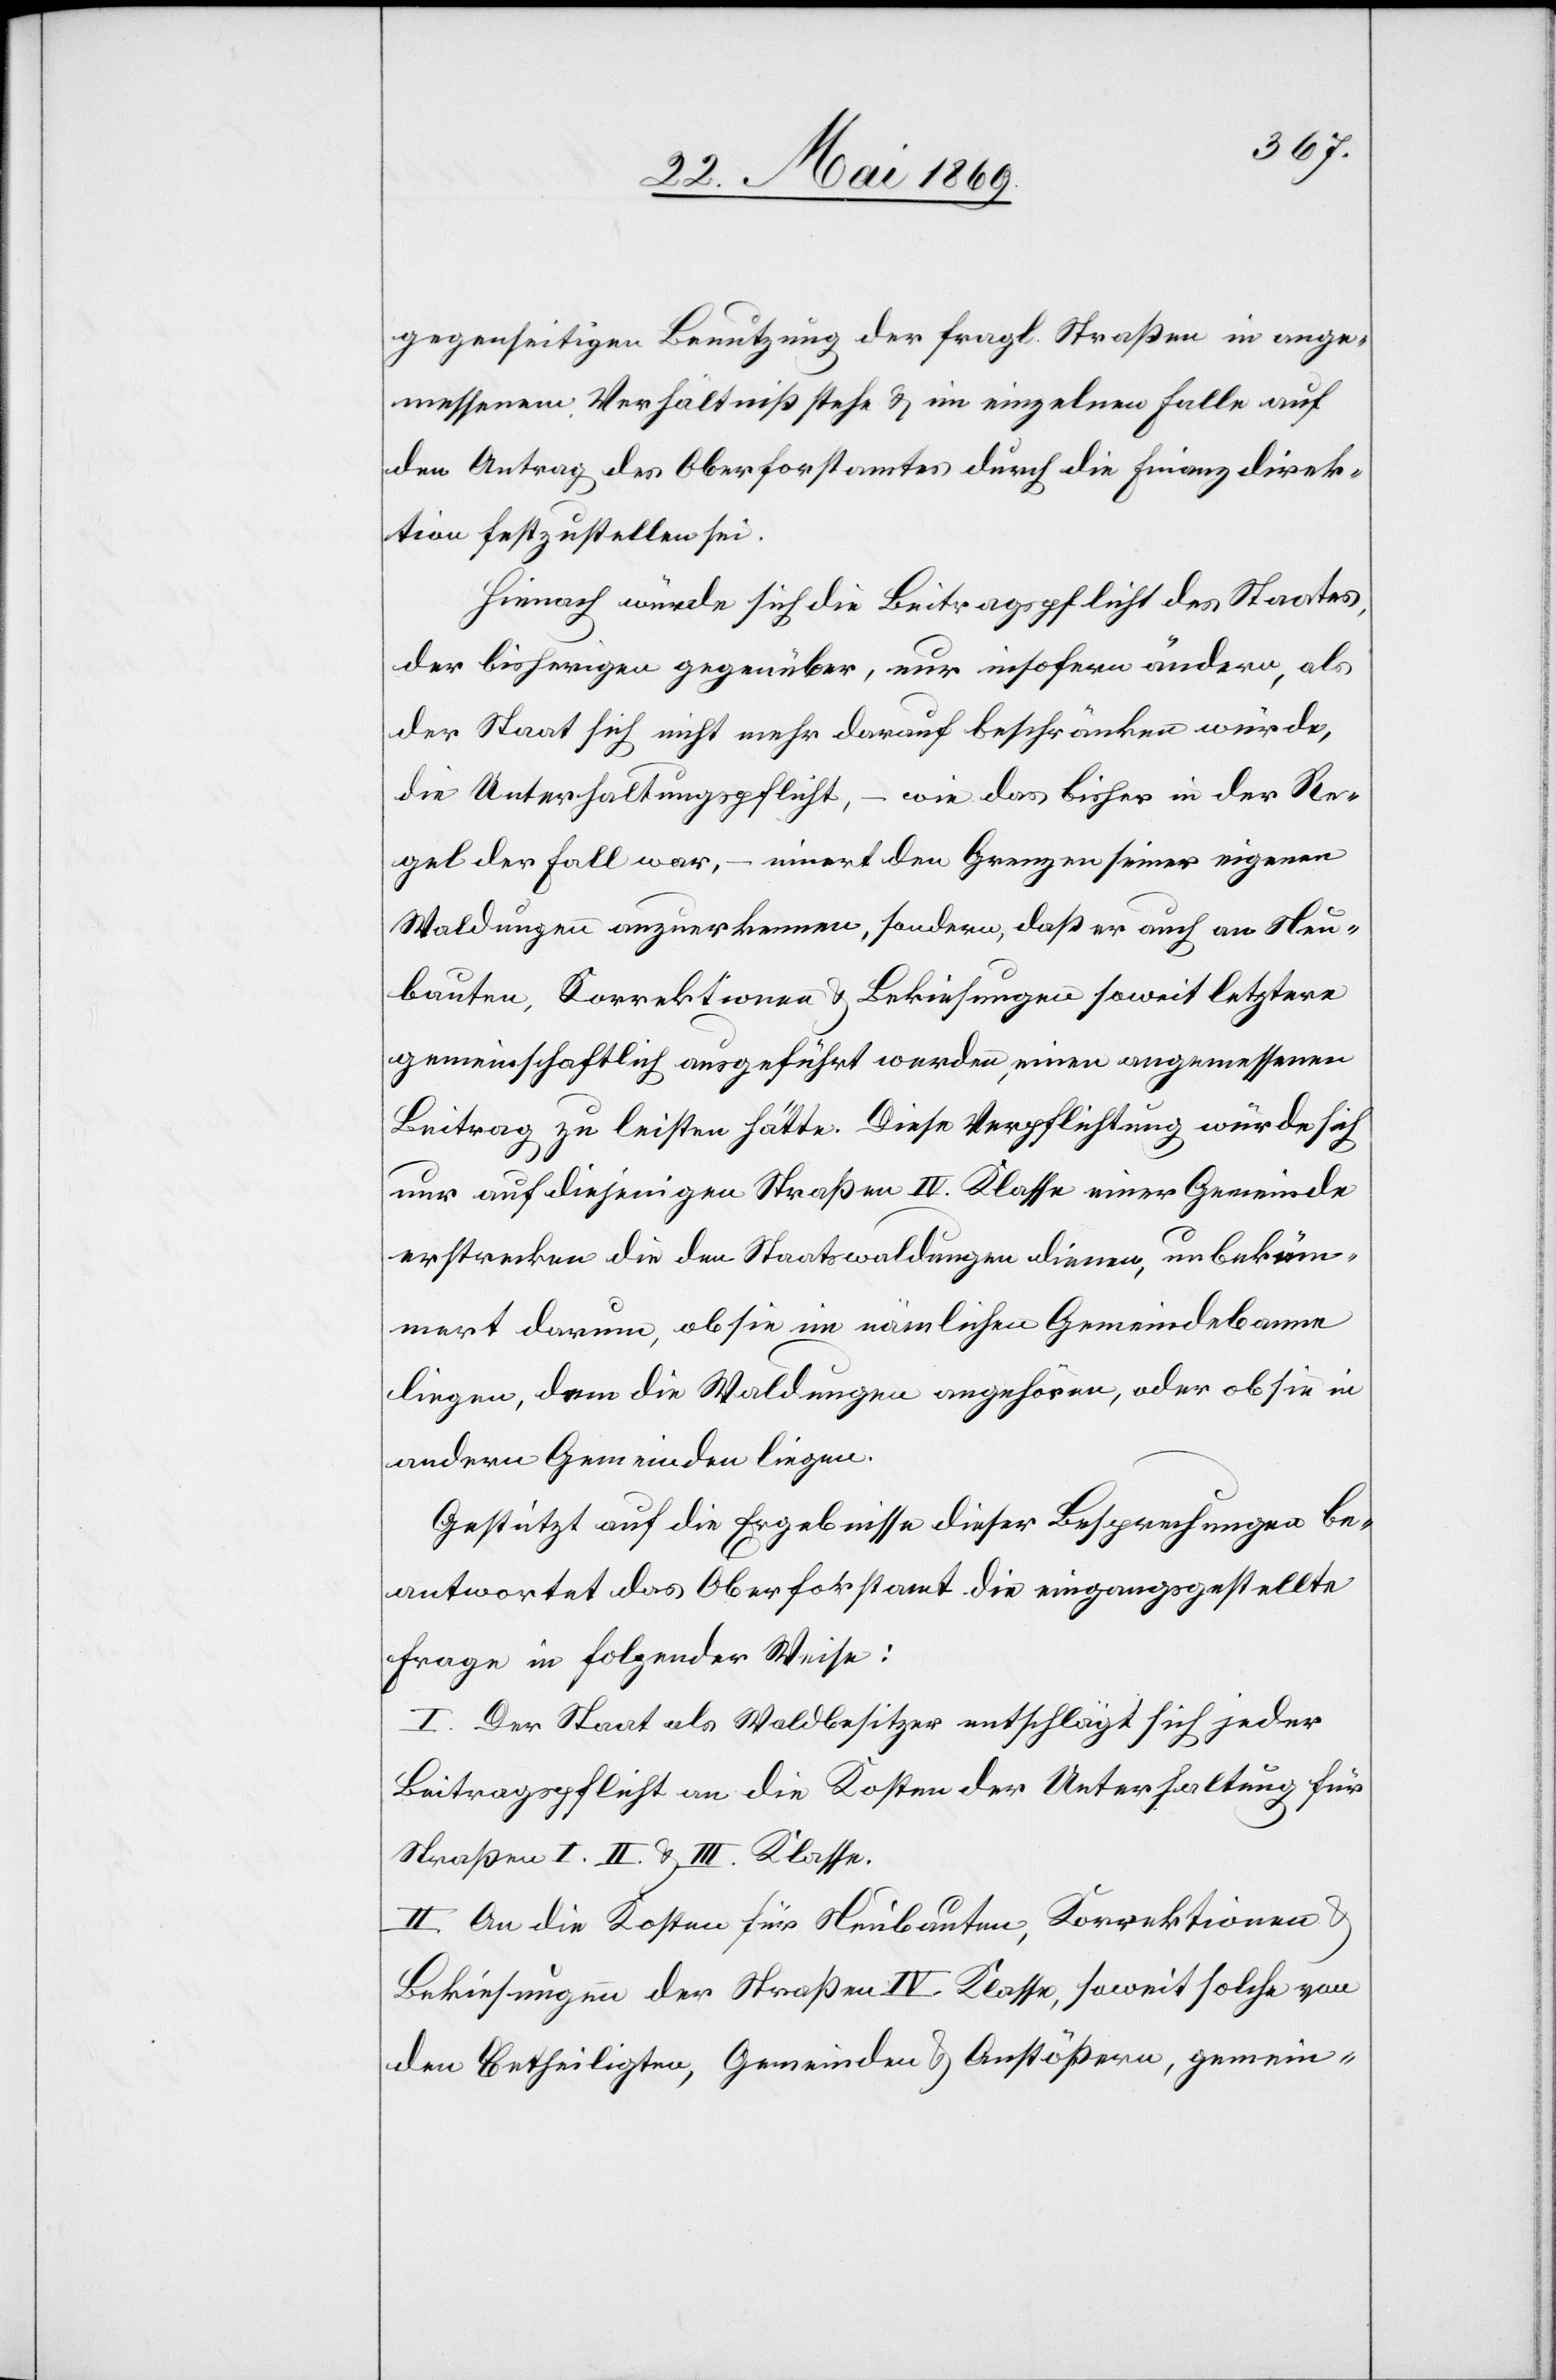
gegenseitigen Benutzung der fragl. Straßen in ange¬
messenem Verhältniß stehe u. im einzelnen Falle auf
den Antrag des Oberforstamtes durch die Finanzdirek¬
tion festzustellen sei.
Hienach würde sich die Beitragspflicht des Staates,
der bisherigen gegenüber, nur insofern ändern, als
der Staat sich nicht mehr darauf beschränken würde,
die Unterhaltungspflicht, – wie das bisher in der Re¬
gel der Fall war, – innert den Grenzen seiner eigenen
Waldungen anzuerkennen, sondern, daß er auch an Neu¬
bauten, Korrektionen u. Bekiesungen soweit letztere
gemeinschaftlich ausgeführt werden, einen angemessenen
Beitrag zu leisten hätte. Diese Verpflichtung würde sich
nur auf diejenigen Straßen IV. Klasse einer Gemeinde
erstrecken die den Staatswaldungen dienen, unbeküm¬
mert darum, ob sie im nämlichen Gemeindebanne
liegen, dem die Waldungen angehören, oder ob sie in
anderen Gemeinden liegen.
Gestützt auf die Ergebnisse dieser Besprechungen be¬
antwortet das Oberforstamt die eingangsgestellte
Frage in folgender Weise:
I. Der Staat als Waldbesitzer entschlägt sich jeder
Beitragspflicht an die Kosten der Unterhaltung für
Straßen I. II. u. III. Klasse.
II. An die Kosten für Neubauten, Korrektionen
Bekiesungen der Straßen IV. Klasse, soweit solche von
den Betheiligten, Gemeinden u. Anstößern, gemein-